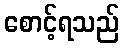
စောင့်ရသည်